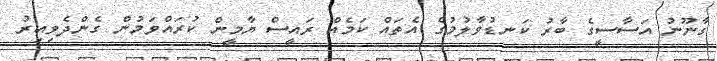
ގާނޫނު އަސާސީގެ ބާރު ކަނޑުވާލުމުގެ އެތައް ކަމެއް ރައީސް ޔާމީން ކުރައްވަމުން ގެންދެވިއިރު